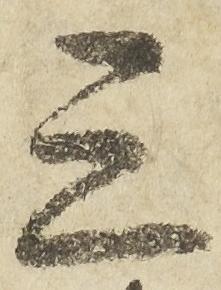
三